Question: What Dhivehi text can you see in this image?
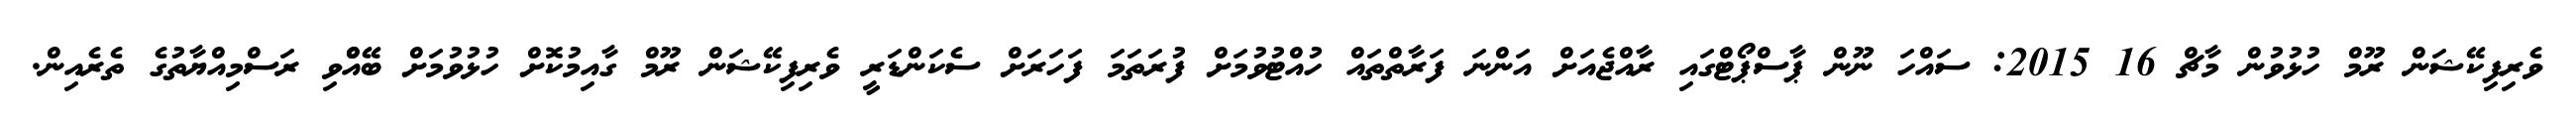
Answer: ވެރިފިކޭޝަން ރޫމް ހުޅުވުން މާޗް 16 2015: ސައްހަ ނޫން ޕާސްޕޯޓްގައި ރާއްޖެއަށް އަންނަ ފަރާތްތައް ހުއްޓުވުމަށް ފުރަތަމަ ފަހަރަށް ސެކަންޑަރީ ވެރިފިކޭޝަން ރޫމް ގާއިމުކޮށް ހުޅުވުމަށް ބޭއްްވި ރަސްމިއްޔާތުގެ ތެރެއިން.